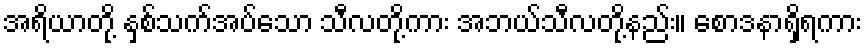
အရိယာတို့ နှစ်သက်အပ်သော သီလတို့ကား အဘယ်သီလတို့နည်း။ စောဒနာရှိရကား